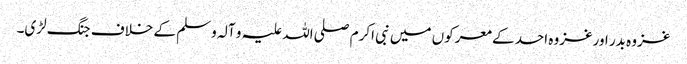
غزوہ بدر اورغزوہ احد کے معرکوں میں نبی اکرم صلی اللہ علیہ و آلہ وسلم کے خلاف جنگ لڑی۔